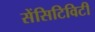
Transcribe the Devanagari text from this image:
सेंसिटिविटी